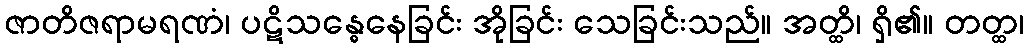
ဇာတိဇရာမရဏံ၊ ပဋိသန္ဓေနေခြင်း အိုခြင်း သေခြင်းသည်။ အတ္ထိ၊ ရှိ၏။ တတ္ထ၊